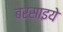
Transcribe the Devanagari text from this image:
बरसाइये